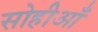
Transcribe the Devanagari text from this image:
सोहीआँ